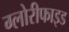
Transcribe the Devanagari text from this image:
ग्लोरीफाइड